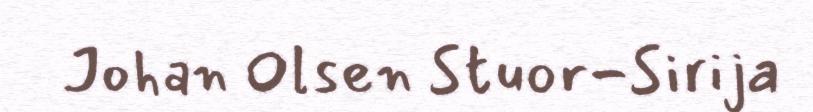
Johan Olsen Stuor-Sirija